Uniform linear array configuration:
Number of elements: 4
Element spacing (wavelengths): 1
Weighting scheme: binomial
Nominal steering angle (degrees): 0
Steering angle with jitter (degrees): -0.3772
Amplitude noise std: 0.05
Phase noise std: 0.05

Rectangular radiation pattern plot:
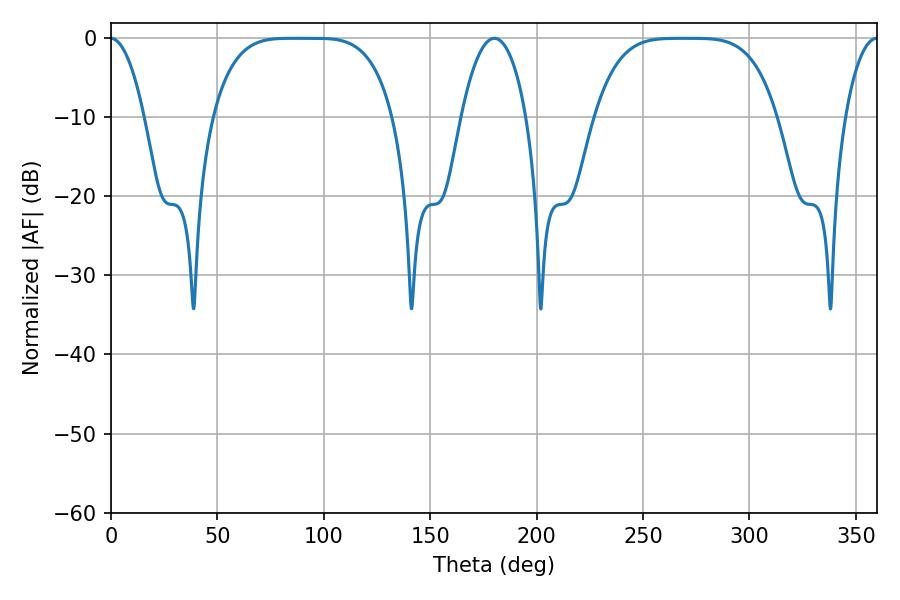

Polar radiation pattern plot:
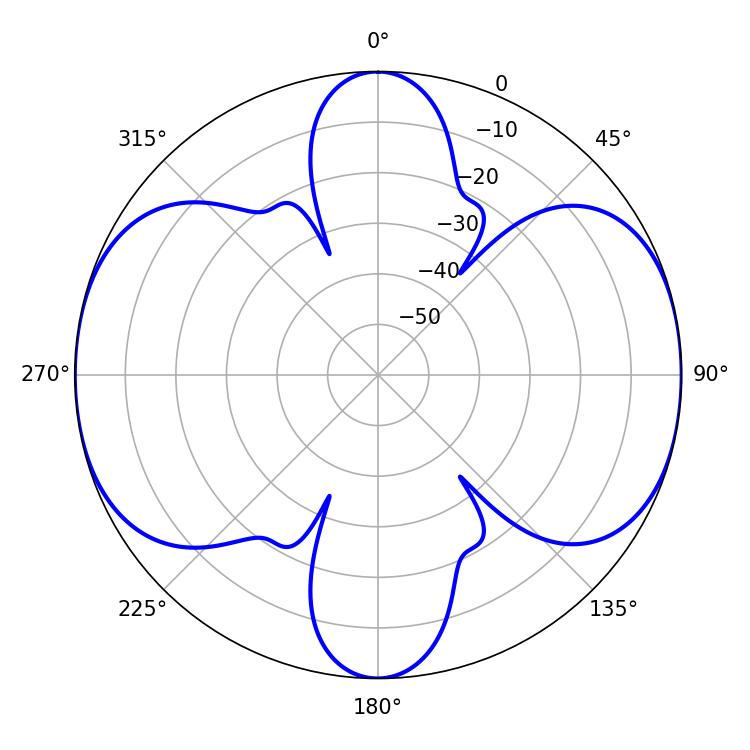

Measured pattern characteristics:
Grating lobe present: TRUE
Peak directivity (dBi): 27.21
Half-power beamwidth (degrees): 63.72
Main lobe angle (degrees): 85.68